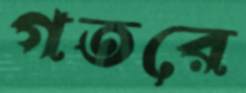
গতরে